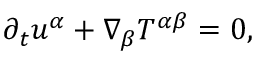
\begin{array} { r } { \partial _ { t } u ^ { \alpha } + \nabla _ { \beta } { \cal T } ^ { \alpha \beta } = 0 , } \end{array}